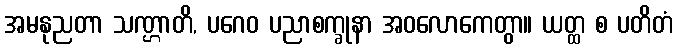
အမနုညတာ သဏ္ဌာတိ, ပဂေဝ ပညာစက္ခုနာ အဝလောကေတွာ။ ယတ္ထ စ ပတိတံ